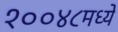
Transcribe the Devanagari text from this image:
१००४८मध्ये